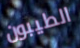
الطيبون